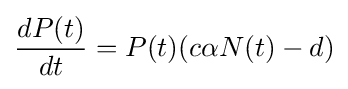
{\frac {dP(t)}{dt}}=P(t)(c\alpha N(t)-d)